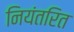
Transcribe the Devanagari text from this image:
नियंतरित